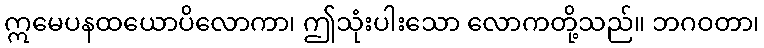
ဣမေပနထယောပိလောကာ၊ ဤသုံးပါးသော လောကတို့သည်။ ဘဂဝတာ၊